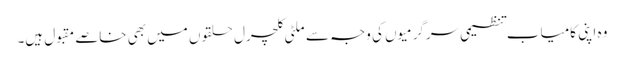
وہ اپنی کامیاب تنظیمی سرگرمیوں کی وجہ سے ملٹی کلچرل حلقوں میں بھی خاصے مقبول ہیں۔